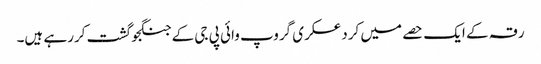
رقہ کے ایک حصے میں کرد عسکری گروپ وائی پی جی کے جنگجو گشت کررہے ہیں۔